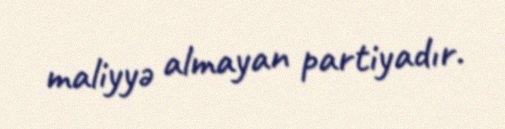
maliyyə almayan partiyadır.